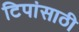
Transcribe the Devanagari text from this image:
टिपांसाठी